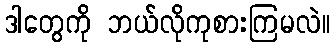
ဒါတွေကို ဘယ်လိုကုစားကြမလဲ။